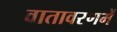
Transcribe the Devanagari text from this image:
वातावरणमें